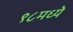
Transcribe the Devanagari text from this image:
९८मध्ये